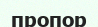
пропор